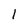
Character: I